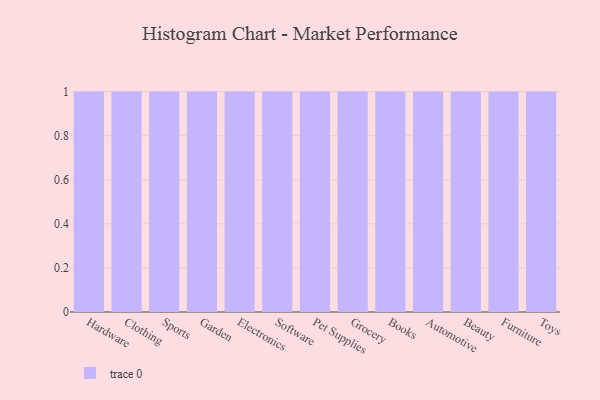
{"axis": {"x": "Category", "y": "Market Share (%)"}, "legend": [""], "data": [{"x": "Hardware", "y": 60, "type": ""}, {"x": "Clothing", "y": 63, "type": ""}, {"x": "Sports", "y": 95, "type": ""}, {"x": "Garden", "y": 100, "type": ""}, {"x": "Electronics", "y": 71, "type": ""}, {"x": "Software", "y": 39, "type": ""}, {"x": "Pet Supplies", "y": 42, "type": ""}, {"x": "Grocery", "y": 80, "type": ""}, {"x": "Books", "y": 45, "type": ""}, {"x": "Automotive", "y": 58, "type": ""}, {"x": "Beauty", "y": 65, "type": ""}, {"x": "Furniture", "y": 23, "type": ""}, {"x": "Toys", "y": 57, "type": ""}]}